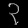
Digit: ၃